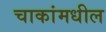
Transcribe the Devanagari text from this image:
चाकांमधील